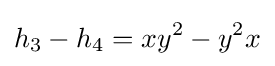
h_{3}-h_{4}=xy^{2}-y^{2}x